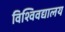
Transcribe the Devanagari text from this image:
विश्विवद्यालय